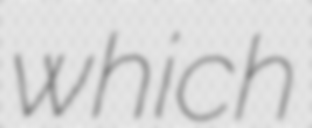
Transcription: which